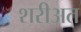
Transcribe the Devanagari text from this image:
शरीअत